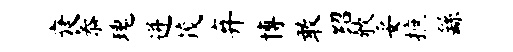
衰忝瑰迸茂弃博敢绍欹妥摭繇